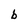
Character: b